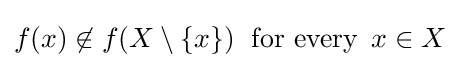
f(x)\not \in f(X\setminus \{x\})\;{\text{ for every }}\,x\in X